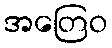
အတြေဝ